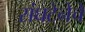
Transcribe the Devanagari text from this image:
संघटेनेचे